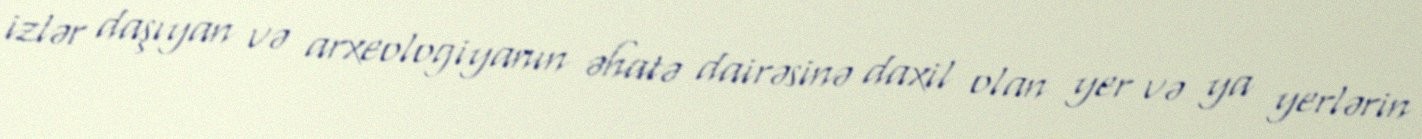
izlər daşıyan və arxeologiyanın əhatə dairəsinə daxil olan yer və ya yerlərin